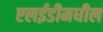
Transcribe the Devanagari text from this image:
एलईडीमधील